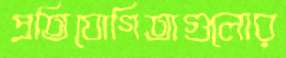
প্রতিযোগিতাগুলোর